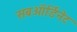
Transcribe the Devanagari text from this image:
सबऑर्डिनेट